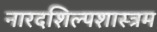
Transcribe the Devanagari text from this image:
नारदशिल्पशास्त्रम